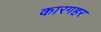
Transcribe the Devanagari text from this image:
कारगहर